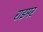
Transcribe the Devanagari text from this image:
राइमर